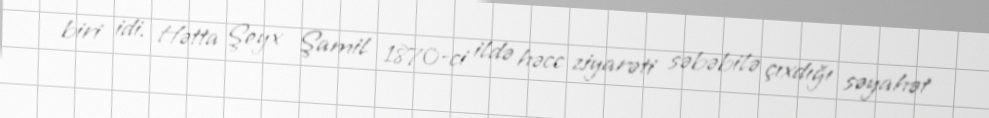
biri idi. Hətta Şeyx Şamil 1870-ci ildə həcc ziyarəti səbəbilə çıxdığı səyahət